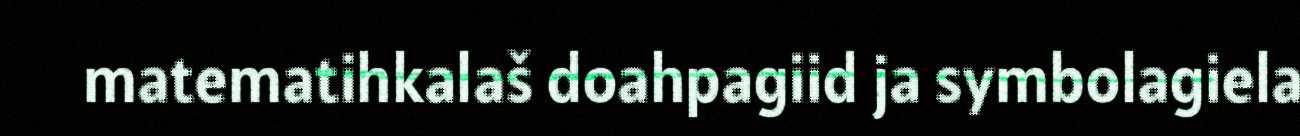
matematihkalaš doahpagiid ja symbolagiela